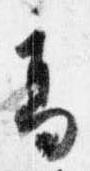
高